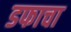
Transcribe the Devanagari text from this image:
डफाचा